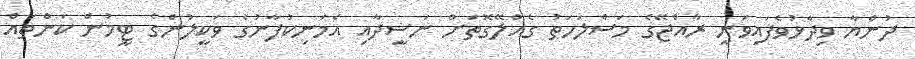
ދުންޔާ ވިދާޅުވެފައިވަނީ ރާއްޖޭގެ މަސްލަހަތު ގެއްލޭގޮތަށް ނަޝީދާއި އެމަނިކުފާނުގެ ވަކީލުންގެ ޓީމުން ކަންތައް